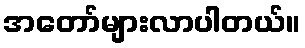
အတော်များလာပါတယ်။